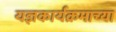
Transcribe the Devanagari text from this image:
यज्ञकार्यक्रमाच्या